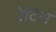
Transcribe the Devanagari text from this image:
रेटिस